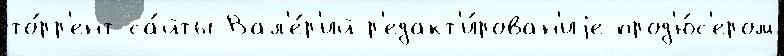
то́рр'ент-са́йты Вал'е́р'ий р'едакт'и́рован'иjе прод'ю́с'ером